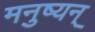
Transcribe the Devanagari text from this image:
मनुष्यन्